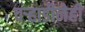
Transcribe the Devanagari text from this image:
वऱ्हाडीनेही